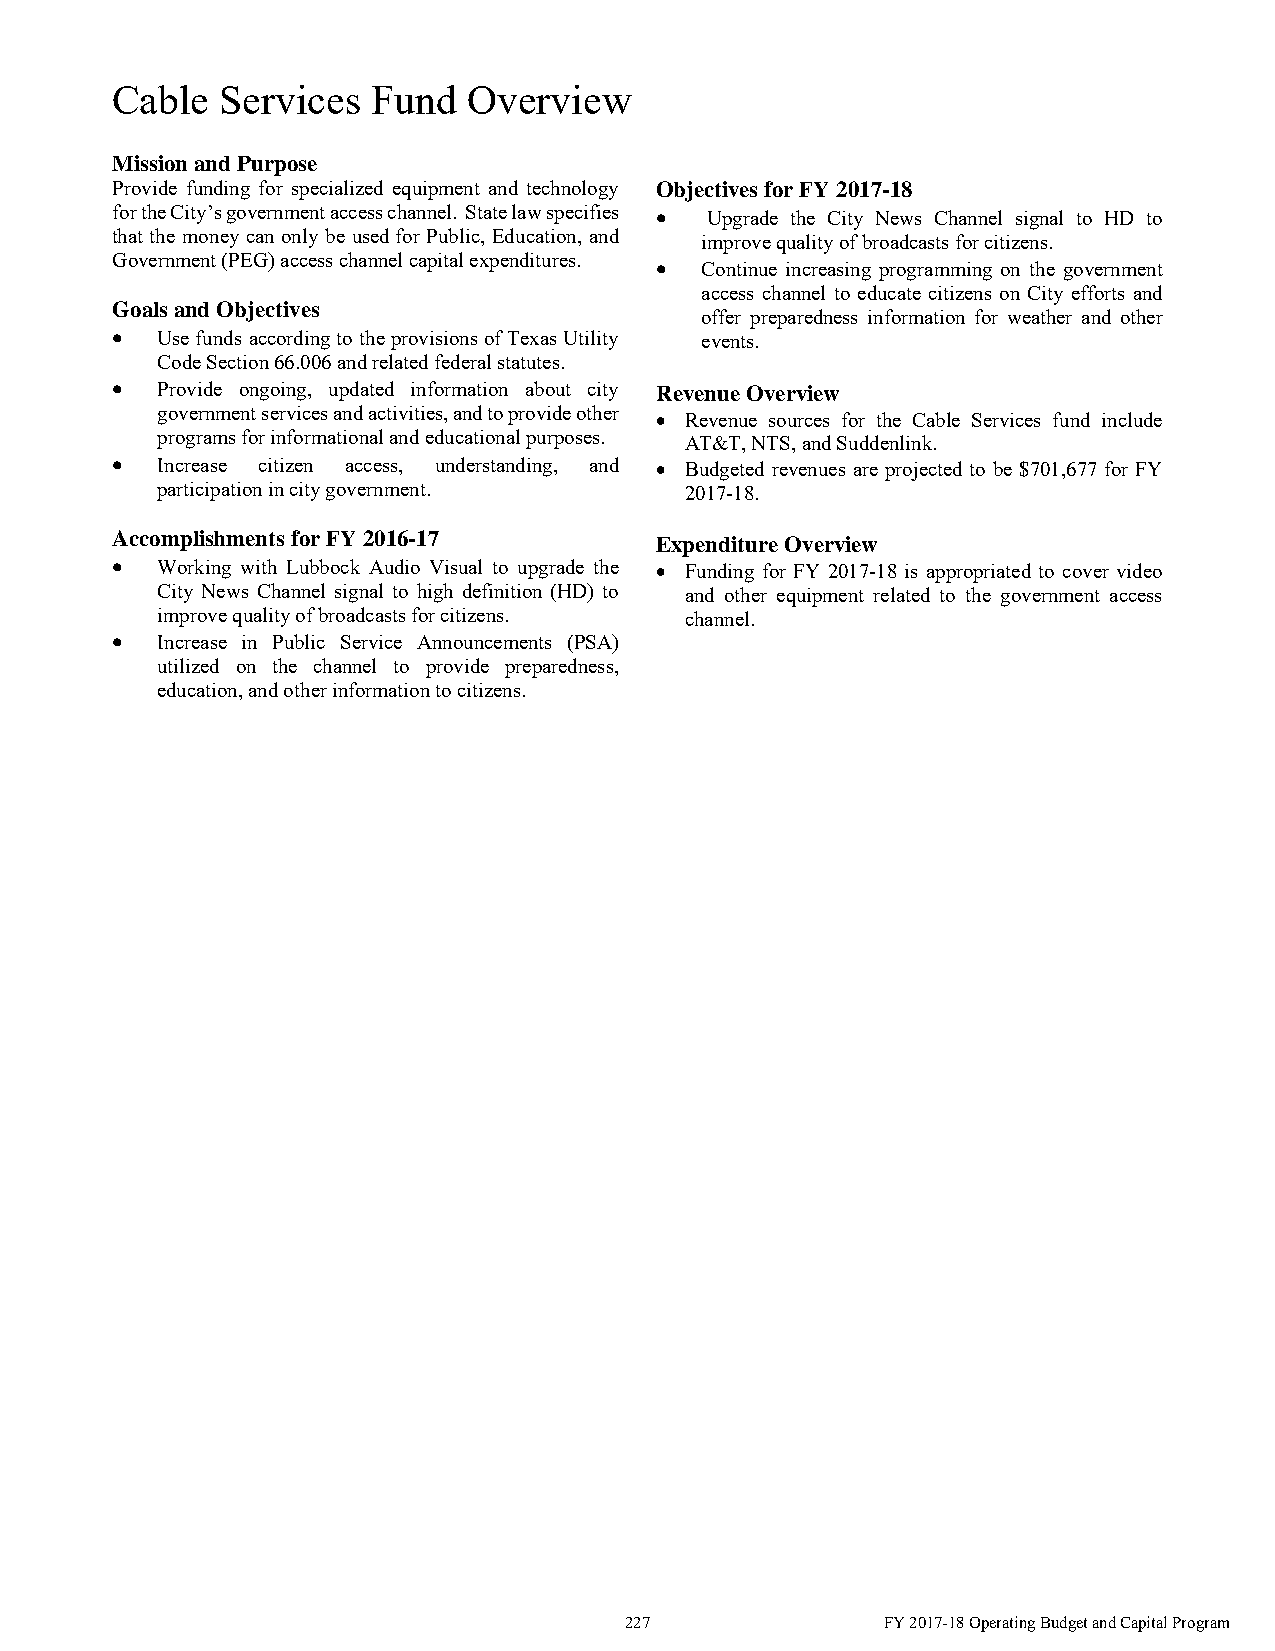
Cable   Services  Fund  Overview
 Mission and Purpose
 Provide funding for specialized equipment and technology Objectives for FY 2017-18
 for the City’s government access channel. State law specifies  Upgrade the City News Channel signal to HD to
 that the money can only be used for Public, Education, and improve quality of broadcasts for citizens.
 Government (PEG) access channel capital expenditures.  Continue increasing programming on the government
 access channel to educate citizens on City efforts and
 Goals and Objectives
 offer preparedness information for weather and other
   Use funds according to the provisions of Texas Utility events.
 Code Section 66.006 and related federal statutes.
   Provide ongoing, updated information about city Revenue Overview
 government services and activities, and to provide other  Revenue sources for the Cable Services fund include
 programs for informational and educational purposes. AT&T, NTS, and Suddenlink.
   Increase citizen access, understanding, and  Budgeted revenues are projected to be $701,677 for FY
 participation in city government.  2017-18.
 Accomplishments for FY 2016-17
 Expenditure Overview
   Working with Lubbock Audio Visual to upgrade the  Funding for FY 2017-18 is appropriated to cover video
 City News Channel signal to high definition (HD) to and other equipment related to the government access
 improve quality of broadcasts for citizens. channel.
   Increase in Public Service Announcements (PSA)
 utilized on the channel to provide preparedness,
 education, and other information to citizens.
 227               FY 2017-18 Operating Budget and Capital Program